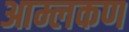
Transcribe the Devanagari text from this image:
आम्लकण